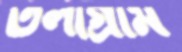
তলাগ্রাম